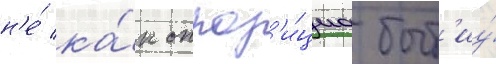
н'е́ ка́к оппоз'и́циа быт'иу́